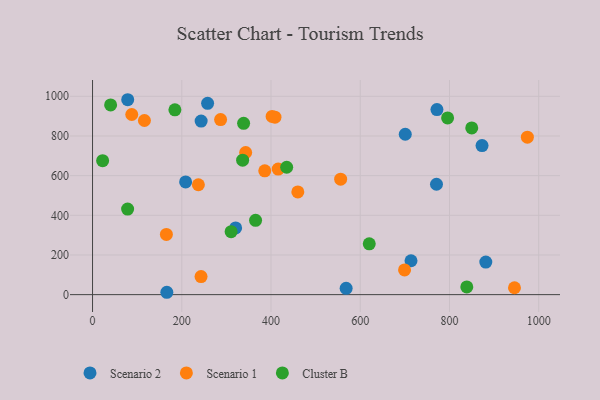
{"axis": {"x": "Ad Spend", "y": "Exam Score"}, "legend": ["Cluster B", "Scenario 1", "Scenario 2"], "data": [{"x": "166.5", "y": 11.9, "type": "Scenario 2"}, {"x": "881.4", "y": 164.0, "type": "Scenario 2"}, {"x": "243.4", "y": 875.0, "type": "Scenario 2"}, {"x": "770.9", "y": 556.5, "type": "Scenario 2"}, {"x": "208.6", "y": 568.3, "type": "Scenario 2"}, {"x": "700.9", "y": 808.7, "type": "Scenario 2"}, {"x": "771.9", "y": 933.1, "type": "Scenario 2"}, {"x": "713.8", "y": 170.8, "type": "Scenario 2"}, {"x": "78.8", "y": 982.7, "type": "Scenario 2"}, {"x": "320.7", "y": 336.2, "type": "Scenario 2"}, {"x": "873.0", "y": 751.5, "type": "Scenario 2"}, {"x": "568.4", "y": 32.0, "type": "Scenario 2"}, {"x": "257.9", "y": 964.3, "type": "Scenario 2"}, {"x": "408.9", "y": 894.7, "type": "Scenario 1"}, {"x": "87.9", "y": 908.1, "type": "Scenario 1"}, {"x": "974.6", "y": 794.0, "type": "Scenario 1"}, {"x": "460.1", "y": 517.7, "type": "Scenario 1"}, {"x": "945.7", "y": 34.8, "type": "Scenario 1"}, {"x": "243.2", "y": 90.9, "type": "Scenario 1"}, {"x": "165.5", "y": 303.5, "type": "Scenario 1"}, {"x": "699.3", "y": 124.5, "type": "Scenario 1"}, {"x": "386.0", "y": 624.4, "type": "Scenario 1"}, {"x": "343.2", "y": 716.5, "type": "Scenario 1"}, {"x": "116.3", "y": 878.0, "type": "Scenario 1"}, {"x": "416.1", "y": 633.2, "type": "Scenario 1"}, {"x": "402.5", "y": 898.5, "type": "Scenario 1"}, {"x": "556.1", "y": 581.9, "type": "Scenario 1"}, {"x": "237.2", "y": 554.1, "type": "Scenario 1"}, {"x": "287.0", "y": 882.7, "type": "Scenario 1"}, {"x": "310.6", "y": 317.3, "type": "Cluster B"}, {"x": "184.6", "y": 932.0, "type": "Cluster B"}, {"x": "78.6", "y": 431.4, "type": "Cluster B"}, {"x": "795.8", "y": 891.1, "type": "Cluster B"}, {"x": "22.6", "y": 675.3, "type": "Cluster B"}, {"x": "365.4", "y": 374.6, "type": "Cluster B"}, {"x": "336.4", "y": 678.1, "type": "Cluster B"}, {"x": "338.6", "y": 863.9, "type": "Cluster B"}, {"x": "849.9", "y": 840.7, "type": "Cluster B"}, {"x": "620.2", "y": 256.3, "type": "Cluster B"}, {"x": "435.1", "y": 642.3, "type": "Cluster B"}, {"x": "838.8", "y": 39.1, "type": "Cluster B"}, {"x": "40.5", "y": 956.3, "type": "Cluster B"}]}